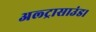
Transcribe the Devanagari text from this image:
अल्ट्रासाउंड।